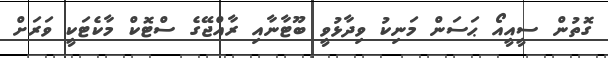
ގޮތުން ސީއީއޯ ޙަސަން މަނިކު ވިދާޅުވީ ބޫޓާނާއި ރާއްޖޭގެ ސްޓޮކް މާކެޓަކީ ވަރަށް